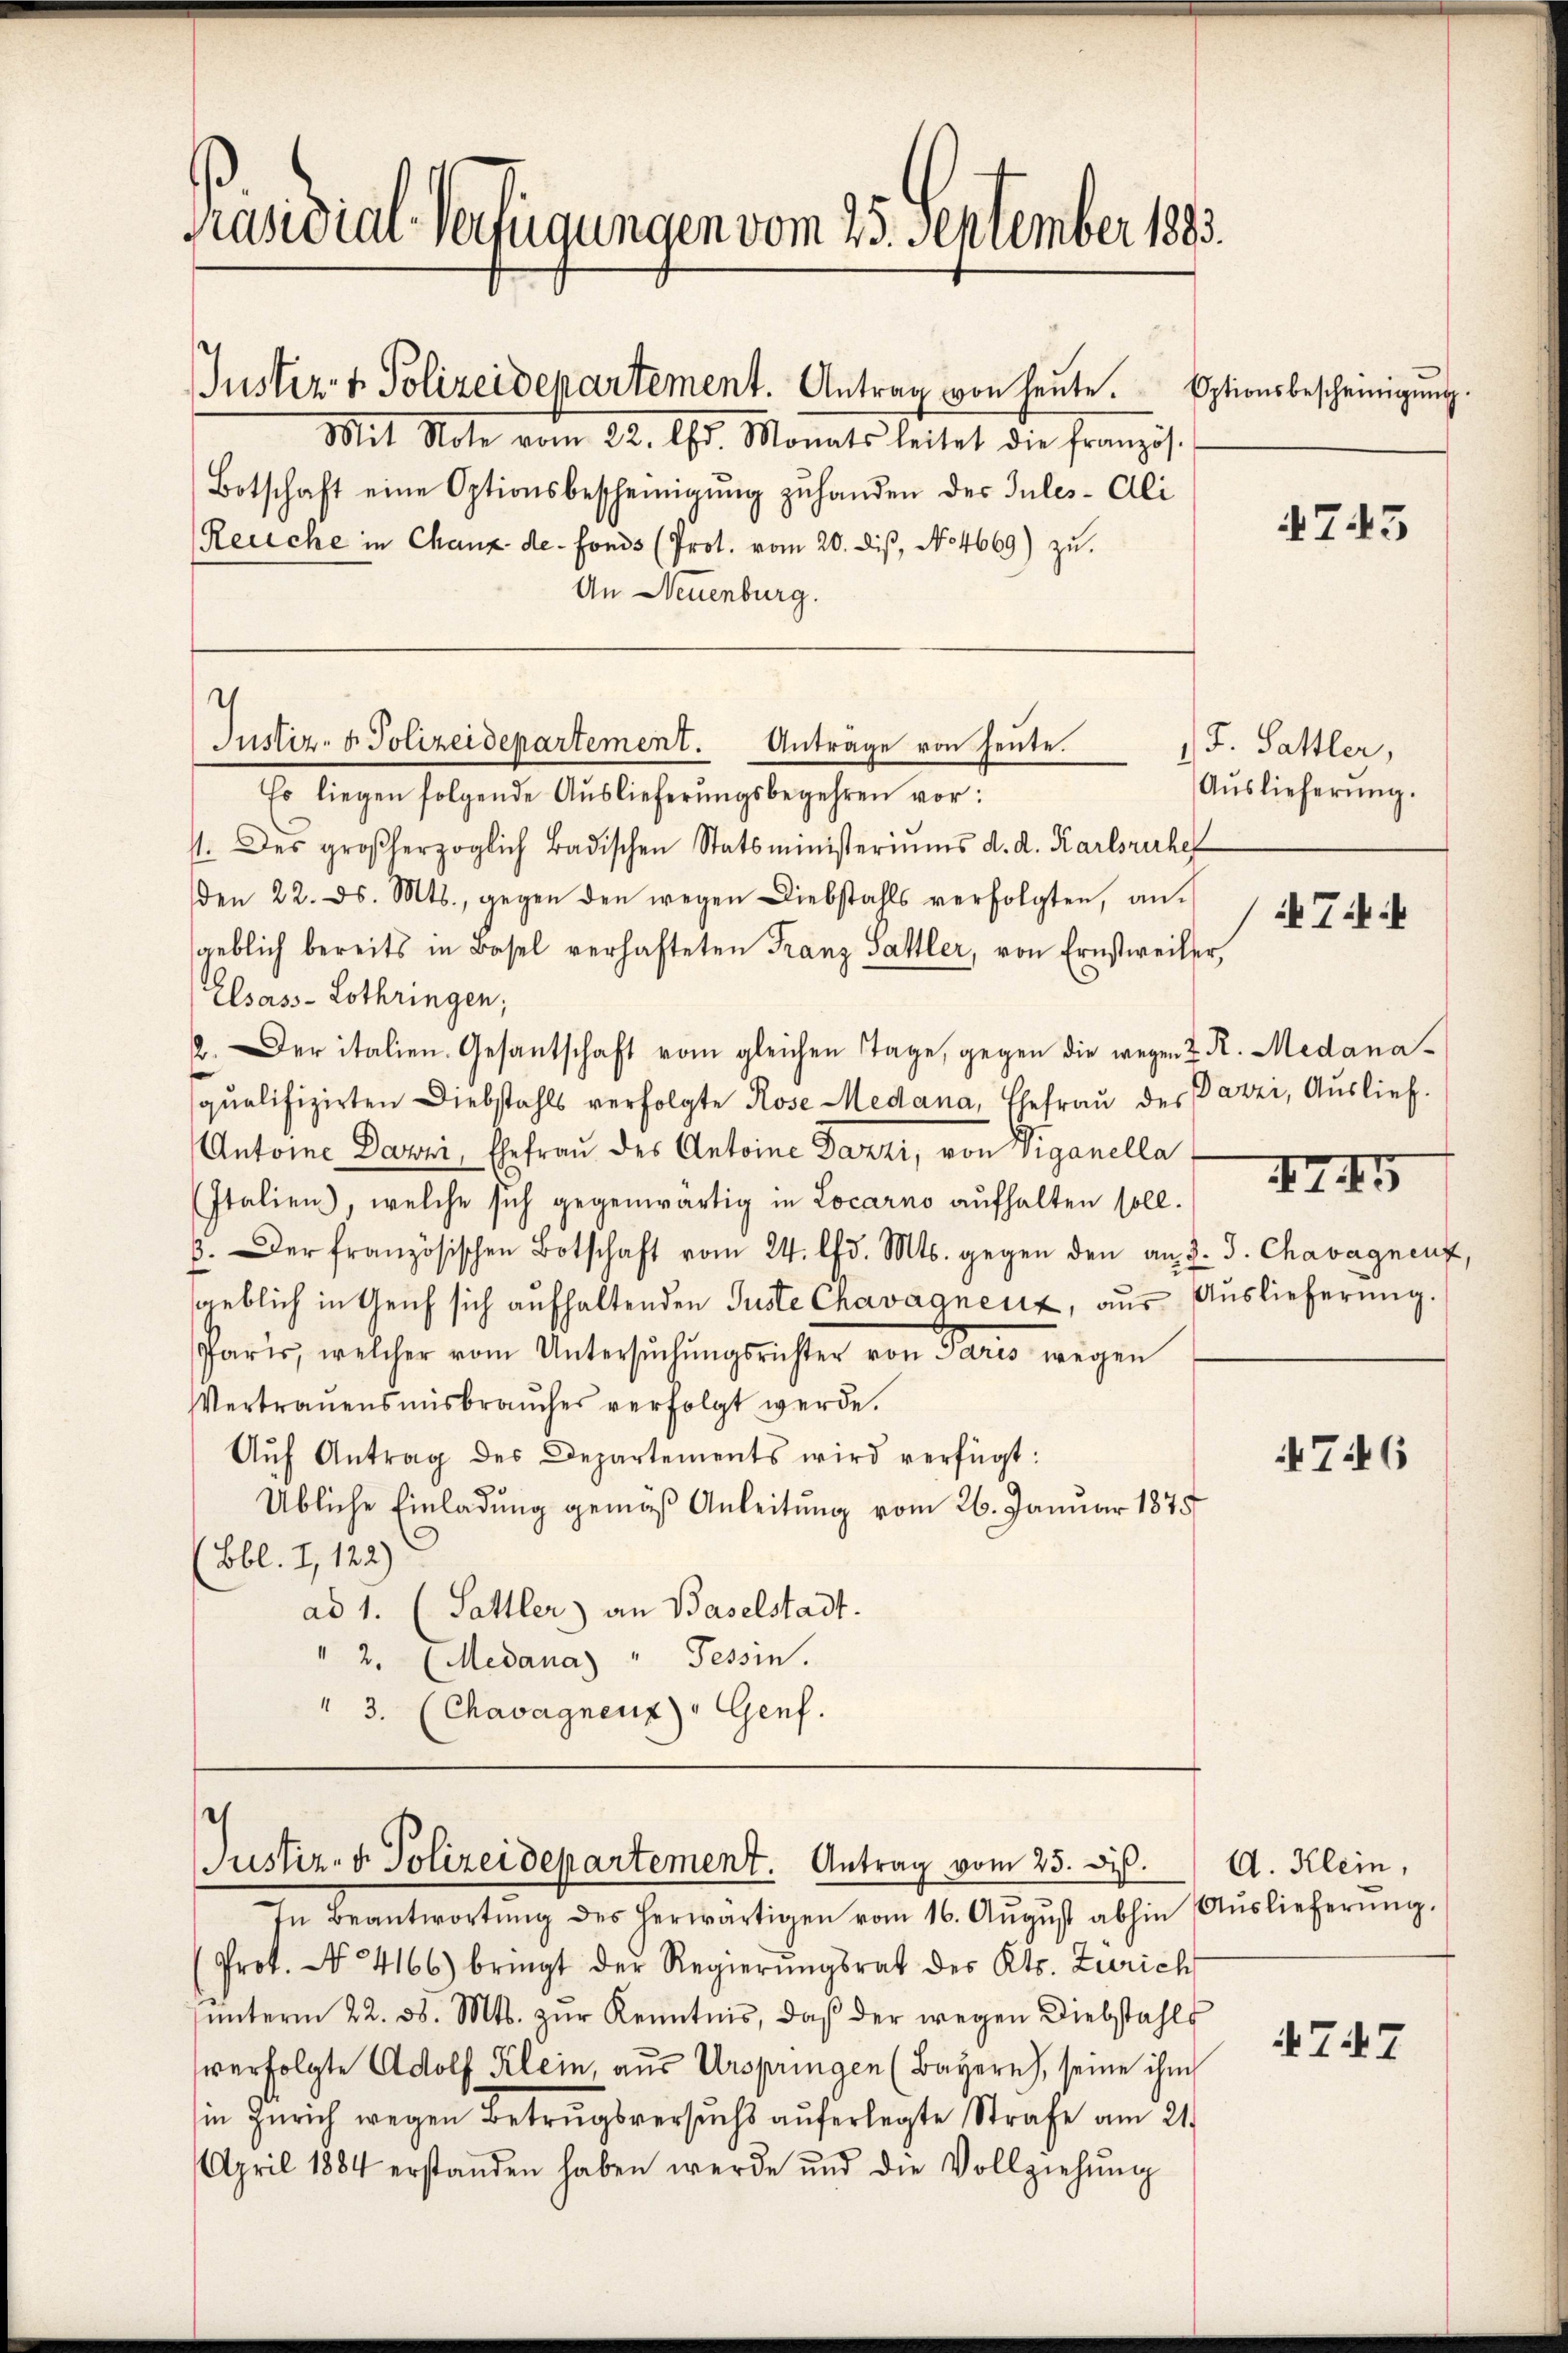
Präsidial-Verfügungen vom 25. September 1893.

Mit Note vom 22. ds. Monats leitet die französ.
Botschaft eine Optionsbescheinigŭng zŭ handen des Inles-Oli
Reuche in Chaux de fonds (Prot. vom 20. dis, No 4669) zu.
An Neuenburg.

Juster v. Polizeidepartement. Antrag von heute.

.
Justiz- & Polizeidepartement. Antrag vom 25. ds.

Optionsbescheinigŭng.

Indiz- & Polizeidepartement. Antrage von heute.
Es liegen folgende Auslieferŭngsbegehren vor:
11. des großherzoglich Badischen Statsministeriŭms d. d. Karlsruhe
den 22. ds. Mts., gegen den wegen Diebstahls verfolgten, an-
sgeblich bereits in Basel verhafteten Franz Sattler, von Ernstweiler,
Elsass-Lothringen;
2. Der italien. Gesantschaft vom gleichen Tage, gegen die wegen z. R. Medana-
qualifizirten Diebstahls verfolgte Rose Medana, Ehefrau des Parzi, Auslief.
Antone Davri, Ehefrau des Antoine Dazzi, von Viganella
Italien, welche sich gegenwärtig in Locarno aufhalten soll.
. Der französischen Botschaft vom 24. d. Mts. gegen den an J. J. Chavagnenz,
geblich in Geich sich aufhaltenden Juste Chavagnenz, aus Auslieferung.
Paris, welcher vom Untersŭchŭngsrichter von Paris wegen
Vertrauensmisbraŭches verfolgt werde.
Aŭf Antrag des Departements wird verfügt:
Übliche Einladung gemäß Anleitung vom 26. Januar 1875
Bbl. I, 122)
ad 1. (Sattler) an Baselstadt.
" 2. (Medana) " Tessin.
" 3. (Chavagnenz) " Genf.

In Beantwortŭng des herwärtigen vom 16. Aŭgŭst abhin Aŭslieferŭng.
Prot. N. 4166) bringt der Regierŭngsrat des Kts. Zürich
ŭnterm 22. d. Mts. zŭr Kenntnis, daβ der wegen Diebstahls
verfolgte Adolf Klein, aus Urspringen (Bayern), seine ihm
in Zürich wegen Betrugsversuchs aŭferlegte Strafe am 21.
April 1884 erstanden haben werde und die Vollziehŭng

.

745

J. Sattler,
Auslieferung.

474.

XIII

4746

A. Klein,

4747